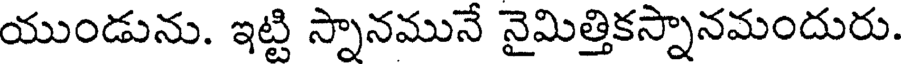
యుండును. ఇట్టి స్నానమునే నైమిత్తికస్నానమందురు.